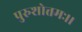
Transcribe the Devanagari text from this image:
पुरुशोत्तमः।।